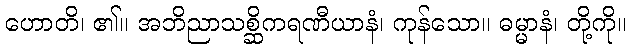
ဟောတိ၊ ၏။ အဘိညာသစ္ဆိကရဏီယာနံ၊ ကုန်သော။ ဓမ္မာနံ၊ တို့ကို။